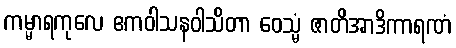
ကမ္မာရကုလေ ဧကဝါသနဝါသိတာ ဝေသ္မံ ဇာတိအာဒိကာရဏံ